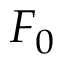
F _ { 0 }